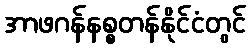
အာဖဂန်နစ္စတန်နိုင်ငံတွင်